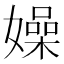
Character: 嬠